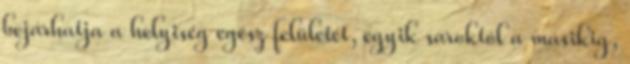
bejárhatja a helyiség egész felületét, egyik saroktól a másikig,